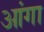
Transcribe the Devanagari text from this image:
आंगा